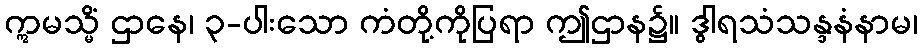
ဣမသ္မိံ ဌာနေ၊ ၃-ပါးသော ကံတို့ကိုပြရာ ဤဌာန၌။ ဒွါရသံသန္ဒနံနာမ၊